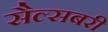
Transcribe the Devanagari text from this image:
सैल्सबरी